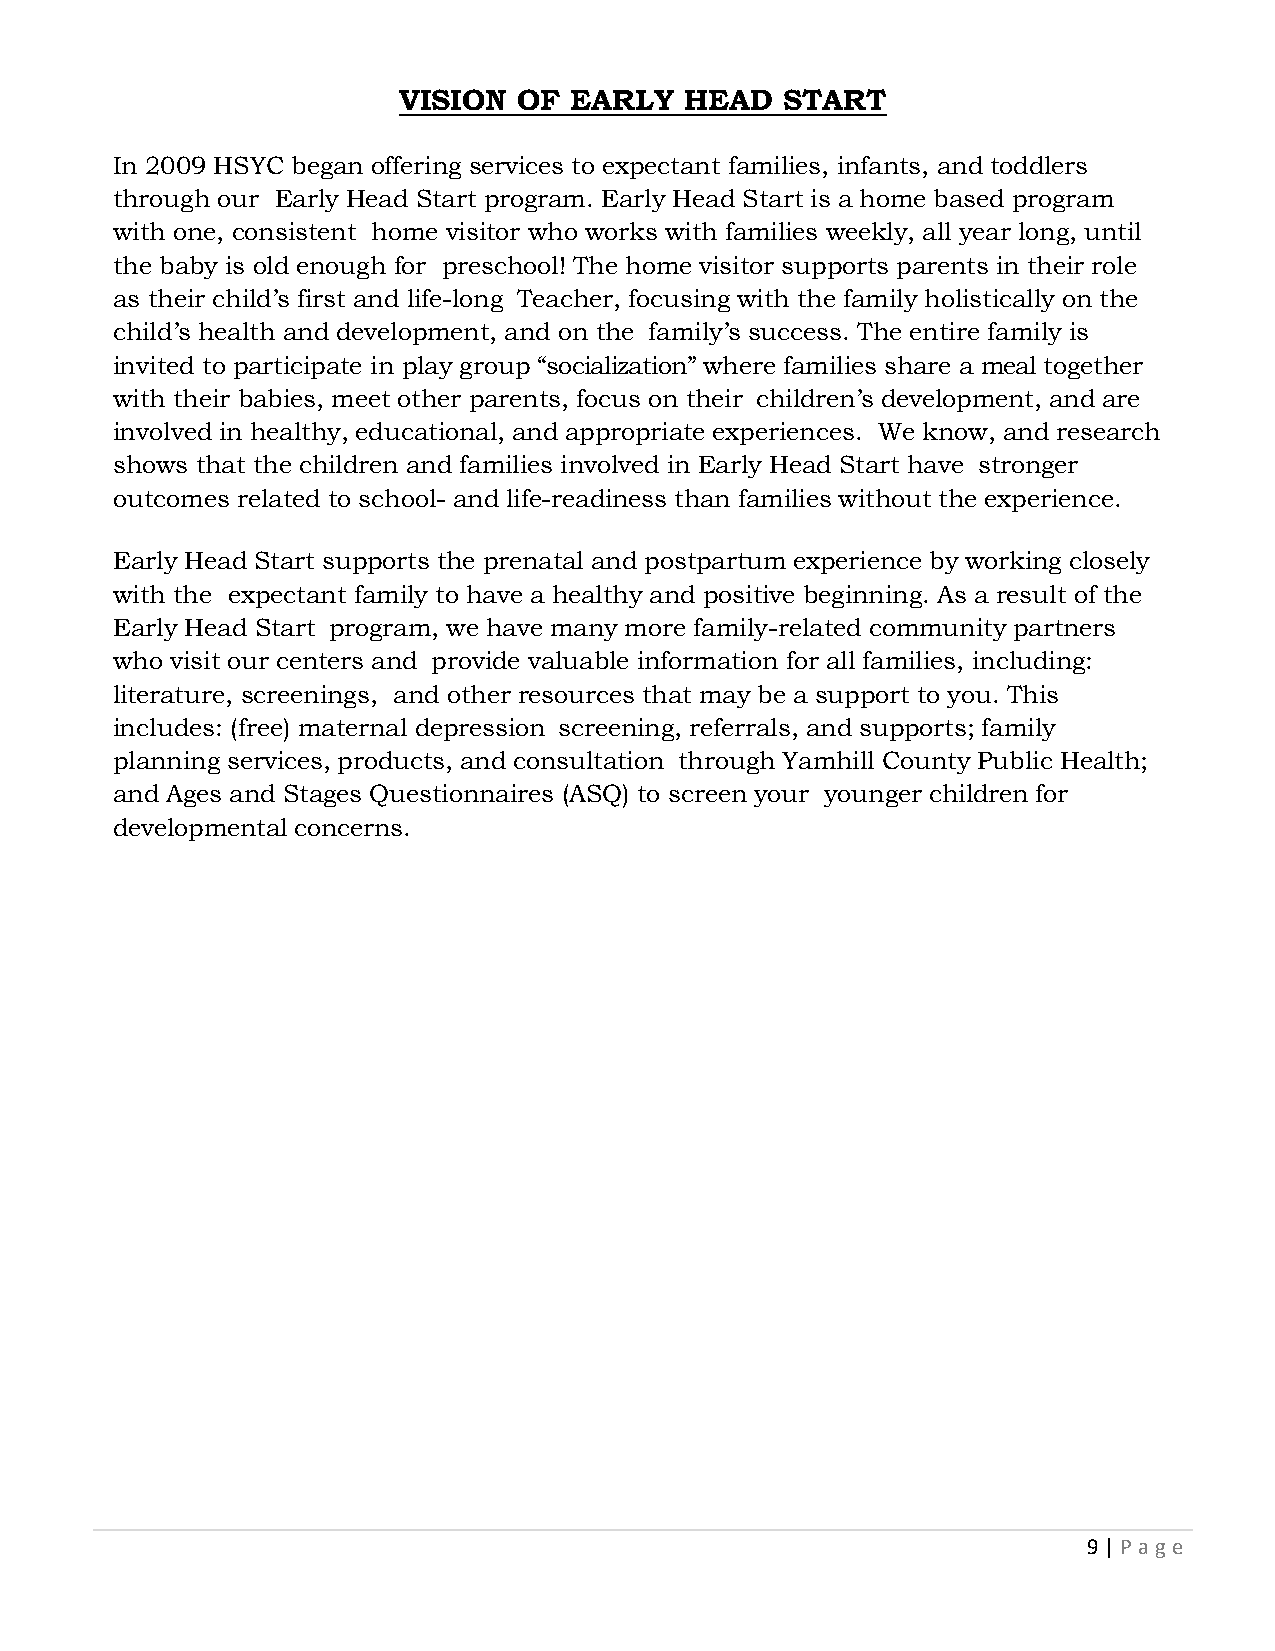
VISION  OF  EARLY  HEAD   START
 In 2009 HSYC began offering services to expectant families, infants, and toddlers
 through our Early Head Start program. Early Head Start is a home based program
 with one, consistent home visitor who works with families weekly, all year long, until
 the baby is old enough for preschool! The home visitor supports parents in their role
 as their child’s first and life-long Teacher, focusing with the family holistically on the
 child’s health and development, and on the family’s success. The entire family is
 invited to participate in play group “socialization” where families share a meal together
 with their babies, meet other parents, focus on their children’s development, and are
 involved in healthy, educational, and appropriate experiences. We know, and research
 shows that the children and families involved in Early Head Start have stronger
 outcomes related to school- and life-readiness than families without the experience.
 Early Head Start supports the prenatal and postpartum experience by working closely
 with the expectant family to have a healthy and positive beginning. As a result of the
 Early Head Start program, we have many more family-related community partners
 who visit our centers and provide valuable information for all families, including:
 literature, screenings, and other resources that may be a support to you. This
 includes: (free) maternal depression screening, referrals, and supports; family
 planning services, products, and consultation through Yamhill County Public Health;
 and Ages and Stages Questionnaires (ASQ) to screen your younger children for
 developmental concerns.
 9 | P age